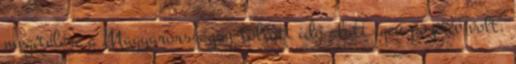
megítélése a Magyarországon töltött idő alatt igen pozitív volt.